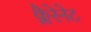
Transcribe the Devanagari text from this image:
क्लैरेनेट